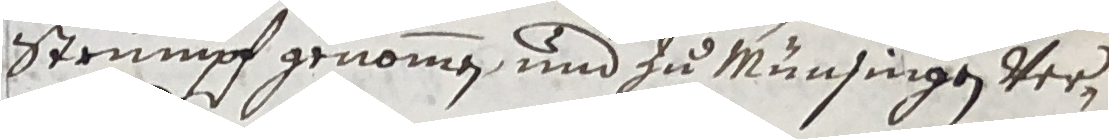
strumpf genommen und zu Münsingen veren